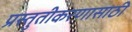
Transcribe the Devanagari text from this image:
प्रस्तुतीकरणासाठी